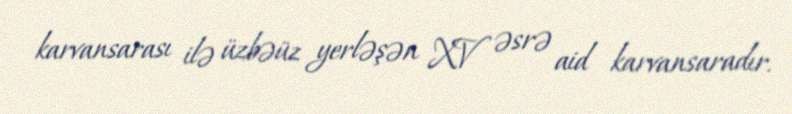
karvansarası ilə üzbəüz yerləşən XV əsrə aid karvansaradır.